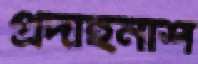
প্রদাহনাশ